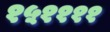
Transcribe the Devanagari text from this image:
१५११११